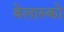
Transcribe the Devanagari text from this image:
बेलास्को